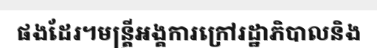
ផងដែរ។មន្ត្រីអង្គការក្រៅរដ្ឋាភិបាលនិង